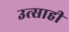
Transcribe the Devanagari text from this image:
उत्‍साही